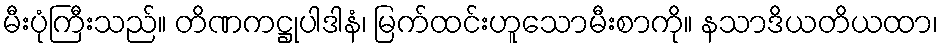
မီးပုံကြီးသည်။ တိဏကဋ္ဌုပါဒါနံ၊ မြက်ထင်းဟူသောမီးစာကို။ နသာဒိယတိယထာ၊